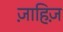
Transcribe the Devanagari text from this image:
ज़ाहिज़